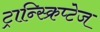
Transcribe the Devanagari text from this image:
ट्रान्स्क्रिप्टेज